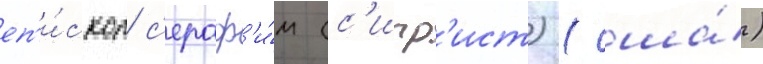
еп'и́скоп с'ераф'и́м (с'игр'ист) (сша́)